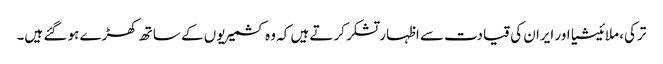
ترکی، ملائیشیا اور ایران کی قیادت سے اظہار تشکر کرتے ہیں کہ وہ کشمیریوں کے ساتھ کھڑے ہو گئے ہیں۔